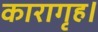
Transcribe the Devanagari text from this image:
कारागृह।